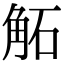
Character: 𧣔